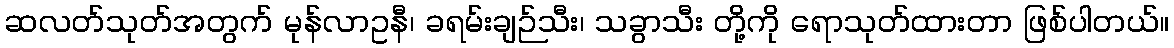
ဆလတ်သုတ်အတွက် မုန်လာဥနီ၊ ခရမ်းချဉ်သီး၊ သခွာသီး တို့ကို ရောသုတ်ထားတာ ဖြစ်ပါတယ်။